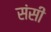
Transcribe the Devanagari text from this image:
संसी